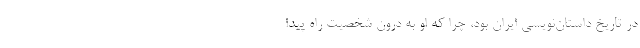
در تاریخ داستان‌نویسی ایران بود، چرا که او به درون شخصیت راه پیدا